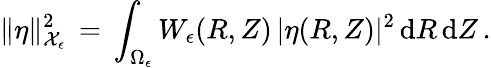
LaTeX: \| \eta\| _{\mathcal{X}_{\epsilon}}^{2}\, =\, \int_{\Omega_{\epsilon}}W_{\epsilon}(R,Z)\, |\eta(R,Z)|^{2}\, \mathrm{d}R\, \mathrm{d}Z\, .